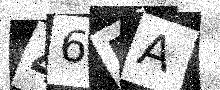
Text: 46RA